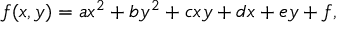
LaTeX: f ( x , y ) = a x ^ { 2 } + b y ^ { 2 } + c x y + d x + e y + f , \,